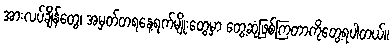
အားလပ်ချိန်တွေ၊ အမှတ်တရနေ့ရက်မျိုးတွေမှာ တွေ့ဆုံဖြစ်ကြတာကိုတွေ့ရပါတယ်။